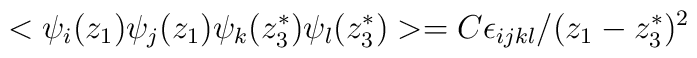
<\psi_i(z_1)\psi_j(z_1)\psi_k(z_3^*)\psi_l(z_3^*)>=C\epsilon_{ijkl}/ (z_1-z_3^*)^2